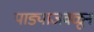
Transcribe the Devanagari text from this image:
पाड्याजवळून